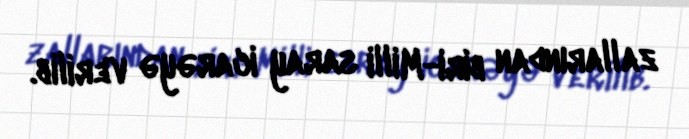
zallarından biri-Milli saray icarəyə verilib.